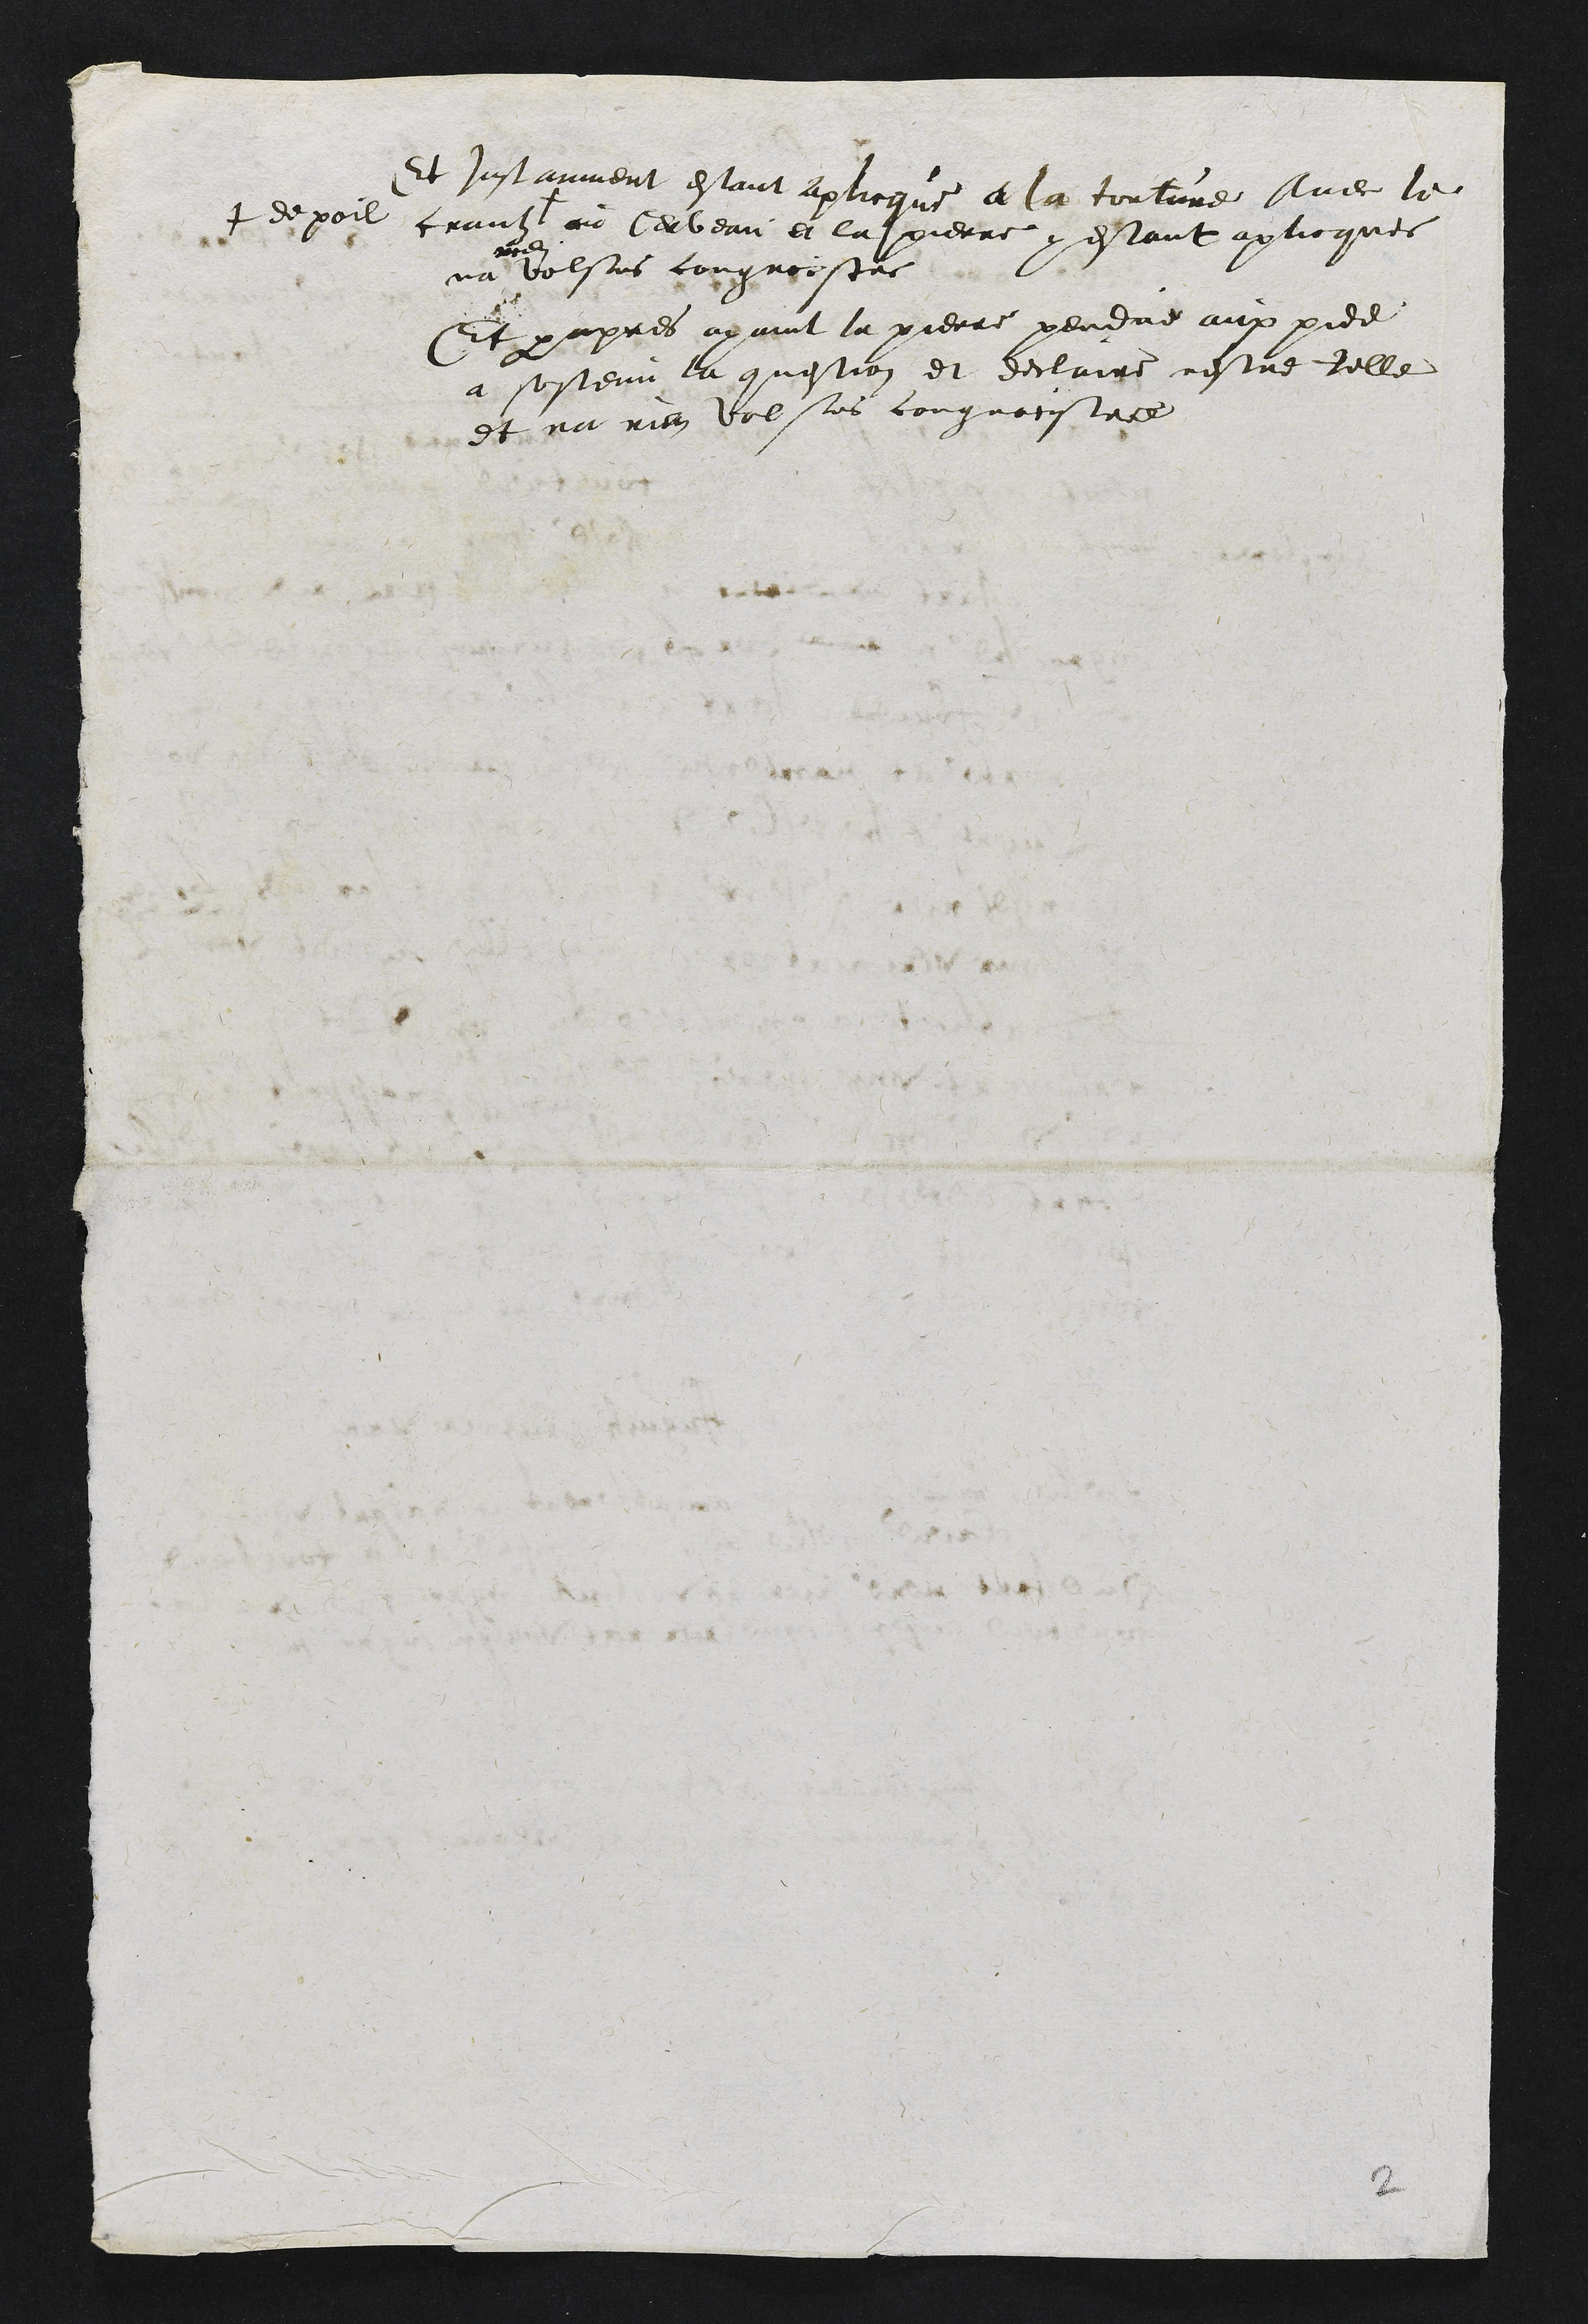
Et instamment estant aplicque a la torture Avec le
crantz +
+ de poil
au Cerveau et la pierre y estant aplicquee
na
rien
volsus congnoistre
Et par apres ayant la pierre pendue aux pied
a sostenu la question et declaire nestre telle
et na rien volsus congnoistre